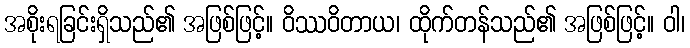
အစိုးရခြင်းရှိသည်၏ အဖြစ်ဖြင့်။ ဝိဿဝိတာယ၊ ထိုက်တန်သည်၏ အဖြစ်ဖြင့်။ ဝါ၊